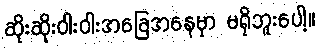
ဆိုးဆိုးဝါးဝါးအခြေအနေမှာ မရှိဘူးပေါ့။